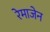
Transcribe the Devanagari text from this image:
रेमाजेन